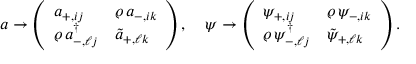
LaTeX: a \rightarrow \left( \begin{array} { l l } { { a _ { + , i j } } } & { { \varrho \, a _ { - , i k } } } \\ { { \varrho \, a _ { - , \ell j } ^ { \dagger } } } & { { \tilde { a } _ { + , \ell k } } } \end{array} \right) , \quad \psi \rightarrow \left( \begin{array} { l l } { { \psi _ { + , i j } } } & { { \varrho \, \psi _ { - , i k } } } \\ { { \varrho \, \psi _ { - , \ell j } ^ { \dagger } } } & { { \tilde { \psi } _ { + , \ell k } } } \end{array} \right) .